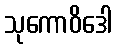
သုကောဝိဒေါ